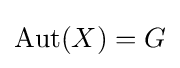
{\text{Aut}}(X)=G